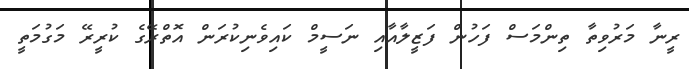
ރީނާ މަރުވިތާ ތިންމަސް ފަހުން ފަޒީލާއާއި ނަސީމް ކައިވެނިކުރަން އޮތްރޭގެ ކުރީރޭ މަގުމަތީ